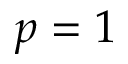
p = 1